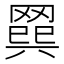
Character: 𦋭